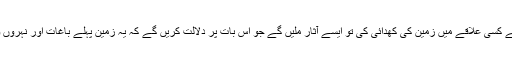
اگر آپ نے کسی علاقے میں زمین کی کھدائی کی تو ایسے آثار ملیں گے جو اس بات پر دلالت کریں گے کہ یہ زمین پہلے باغات اور نہروں والی تھی۔